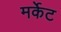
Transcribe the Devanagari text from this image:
मर्केट